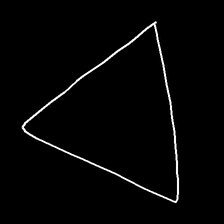
Glyph: convergence